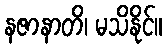
နဇာနာတိ၊ မသိနိုင်။